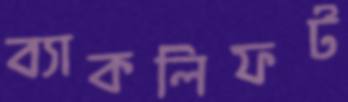
ব্যাকলিফট